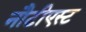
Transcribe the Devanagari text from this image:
नौटीएस्ट